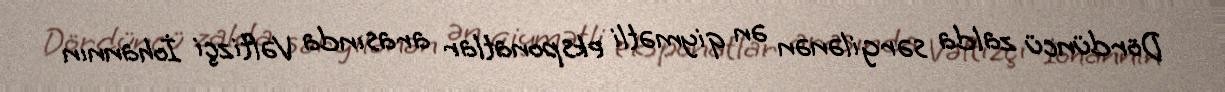
Dördüncü zalda sərgilənən ən qiymətli eksponatlar arasında Vəftizçi İohannın